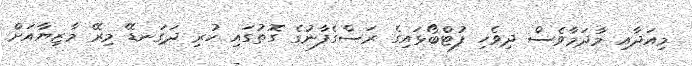
މިއަދާއި މާދަމާވެސް ދިވެހި ފުޓްބޯޅައިގެ ރަސްގެފާނުގެ ގޮތުގައި ހުރި ދަގަނޑޭ މިރޭ މާޒިޔާއަށް